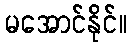
မအောင်နိုင်။